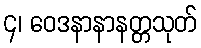
၄၊ ဝေဒနာနာနတ္တသုတ်